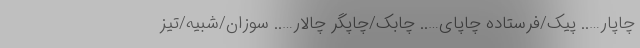
چاپار….. پیک/فرستاده چاپای….. چابک/چاپگر چالار….. سوزان/شبیه/تیز